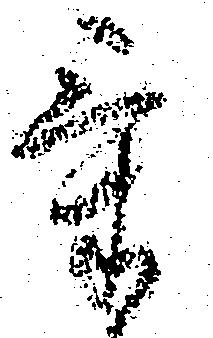
気